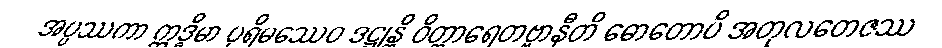
အပ္ပဿကာ ဣဒ္ဓိမာ ပုရိမဿေဝ ဒဋ္ဌုန္တိ ဝိတ္ထာရေတဗ္ဗာနီတိ ဓောတောပိ အတုလတေဇဿ